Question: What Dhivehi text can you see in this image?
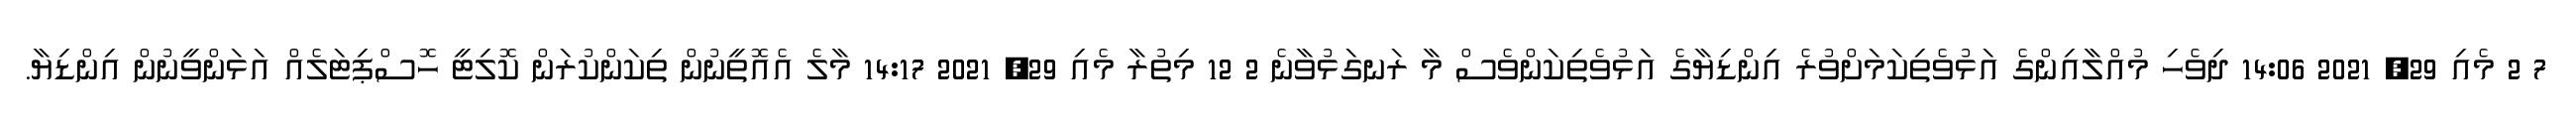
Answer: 7 2 މެއި 29, 2021 14:06 ދިވެހި މުއްލާއިންގެ އަޅުވެތިކަމަށްވުރެ އިންޑިޔާގެ އަޅުވެތިކަންވެސް މާ ރަނގަޅުވާނެ 2 12 މިތުރާ މެއި 29, 2021 14:17 މާލެ އެއޮތީނުން ތިކަންކުރަން ކޮލިޓީ ހޮސްޕިޓަލެއް އަޅަންވީނުން އިންޑިޔާ.